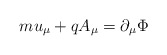
\begin{align*}mu_\mu +qA_\mu =\partial _\mu \Phi \end{align*}